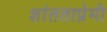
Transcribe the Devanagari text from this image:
शांतताप्रेमी